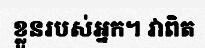
ខ្លួនរបស់អ្នក។ វាពិត